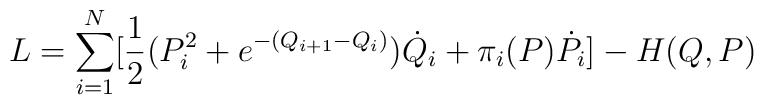
L= \sum_{i=1}^{N} [{1 \over 2}(P_i^2+{e^{-(Q_{i+1}-Q_i)}}){\dot Q}_i +\pi_i(P){\dot P}_i] -H(Q,P)